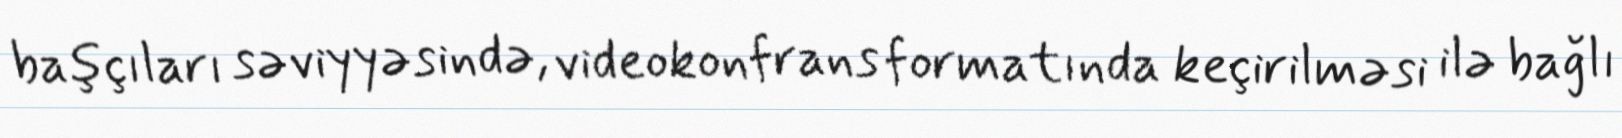
başçıları səviyyəsində, videokonfrans formatında keçirilməsi ilə bağlı